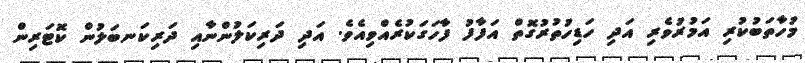
މުހާތަބުކުރި އަމުރުވެރި އަދި ހަޑިހުތުރުގޮތް އަފާފު ފާހަގަކުރެއްވިއެވެ. އަދި ދަރިކަލުންނާއި ދަރިކަނބަލުން ކޮޓަރިން